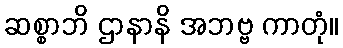
ဆစ္စာဘိ ဌာနာနိ အဘဗ္ဗ ကာတုံ။